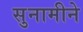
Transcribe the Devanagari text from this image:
सुनामीने